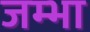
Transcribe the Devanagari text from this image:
जम्भा